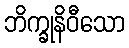
ဘိက္ခုနိဝီသော